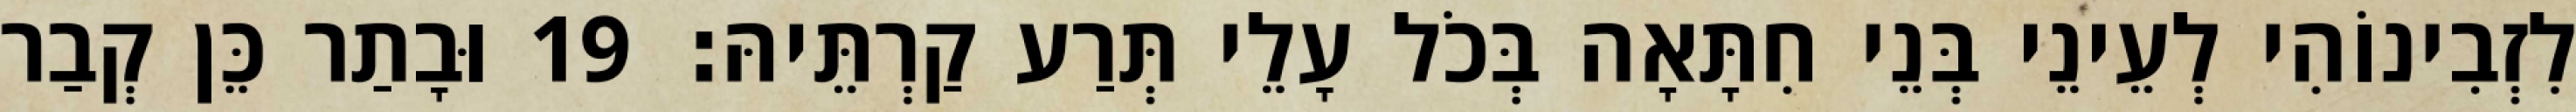
לִזְבִינוֹהִי לְעֵינֵי בְּנֵי חִתָּאָה בְּכֹל עָלֵי תְּרַע קַרְתֵּיהּ׃ 19 וּבָתַר כֵּן קְבַר